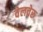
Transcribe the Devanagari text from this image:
वेलचेरू